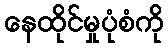
နေထိုင်မှုပုံစံကို